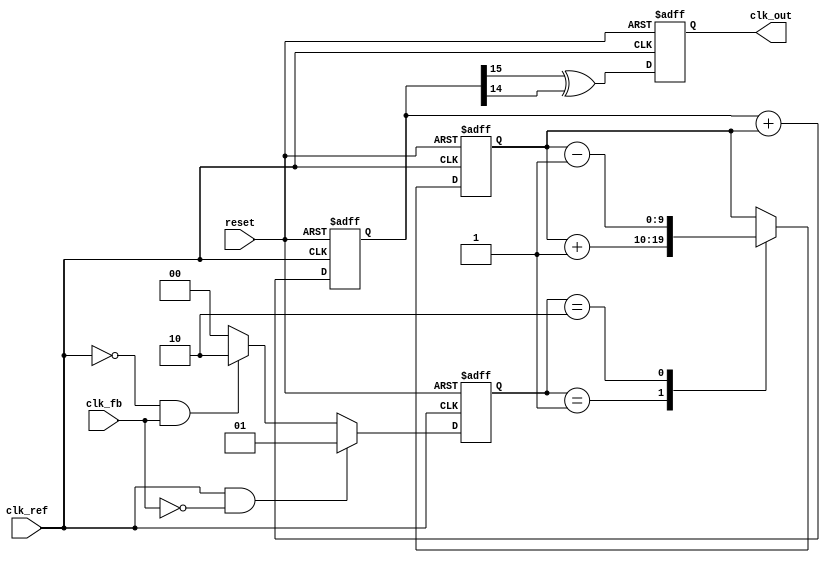
module adpll (
    input wire clk_ref,           // Reference clock input
    input wire clk_fb,            // Feedback clock input
    input wire reset,             // Asynchronous reset
    output reg clk_out            // PLL output clock
);

parameter NCO_WIDTH = 16;        // Width of NCO phase accumulator
parameter LF_WIDTH = 10;         // Width of Loop Filter control word

// Phase Detector outputs
reg [1:0] pd_out;                // Phase Detector output
reg [NCO_WIDTH-1:0] phase_acc;   // NCO phase accumulator
reg [LF_WIDTH-1:0] control_word;  // Control word for NCO
reg [LF_WIDTH-1:0] loop_filter;   // Loop Filter output

// Phase Detector (PD)
always @(posedge clk_ref or posedge reset) begin
    if (reset) begin
        pd_out <= 2'b00;
    end else begin
        // Simple PD logic: output phase difference
        if (clk_ref && !clk_fb) begin
            pd_out <= 2'b01;  // Reference is ahead
        end else if (!clk_ref && clk_fb) begin
            pd_out <= 2'b10;  // Feedback is ahead
        end else begin
            pd_out <= 2'b00;  // Aligned
        end
    end
end

// Loop Filter (LF)
always @(posedge clk_ref or posedge reset) begin
    if (reset) begin
        loop_filter <= 0;
    end else begin
        // Simple LF logic: integral of PD output
        case (pd_out)
            2'b01: loop_filter <= loop_filter + 1; // Increase control word
            2'b10: loop_filter <= loop_filter - 1; // Decrease control word
            default: loop_filter <= loop_filter;    // Hold
        endcase
    end
end

// Numerically Controlled Oscillator (NCO)
always @(posedge clk_ref or posedge reset) begin
    if (reset) begin
        phase_acc <= 0;
        clk_out <= 0;
    end else begin
        phase_acc <= phase_acc + loop_filter; // Update phase accumulator
        // Generate output clock based on phase accumulator
        clk_out <= (phase_acc[NCO_WIDTH-1] ^ phase_acc[NCO_WIDTH-2]); // Simple toggling mechanism
    end
end

endmodule